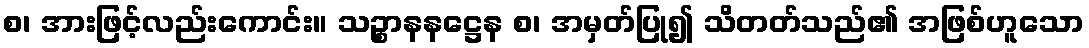
စ၊ အားဖြင့်လည်းကောင်း။ သဉ္စာနနဋ္ဌေန စ၊ အမှတ်ပြု၍ သိတတ်သည်၏ အဖြစ်ဟူသော